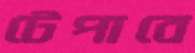
টেপাবে